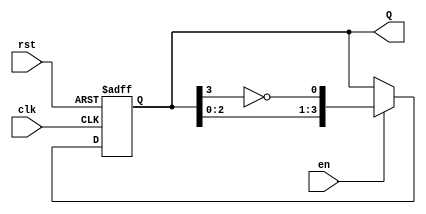
module JohnsonCounter (
    input wire clk,      // Clock input
    input wire rst,      // Reset input
    input wire en,       // Enable input
    output reg [n-1:0] Q // Counter output (n-bit)
);
    parameter n = 4; // Define the bit width of the counter

    // Always block for the counter operation
    always @(posedge clk or posedge rst) begin
        if (rst) begin
            Q <= 0; // Reset the counter to 0
        end else if (en) begin
            // Johnson counter state update
            Q <= {Q[n-2:0], ~Q[n-1]}; // Shift left and feedback inverted last bit
        end
    end
endmodule